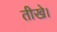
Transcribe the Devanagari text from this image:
तीखे।